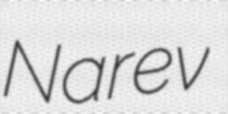
Narev